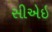
સીએઇ